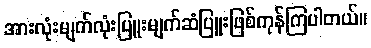
အားလုံးမျက်လုံးပြူးမျက်ဆံပြူးဖြစ်ကုန်ကြပါတယ်။